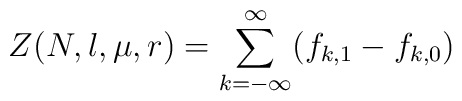
Z(N,l,\mu,r)=\sum_{k=-\infty}^\infty (f_{k,1}-f_{k,0})